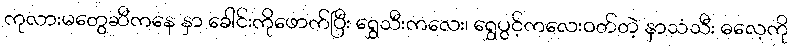
ကုလားမတွေဆီကနေ နှာ ခေါင်းကိုဖောက်ပြီး ရွှေသီးကလေး၊ ရွှေပွင့်ကလေးဝတ်တဲ့ နှာသံသီး ဓလေ့ကို